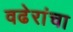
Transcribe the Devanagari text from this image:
वढेरांचा